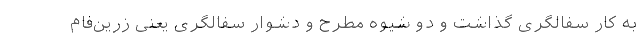
به کار سفالگری گذاشت و دو شیوه مطرح و دشوار سفالگری یعنی زرین‌فام